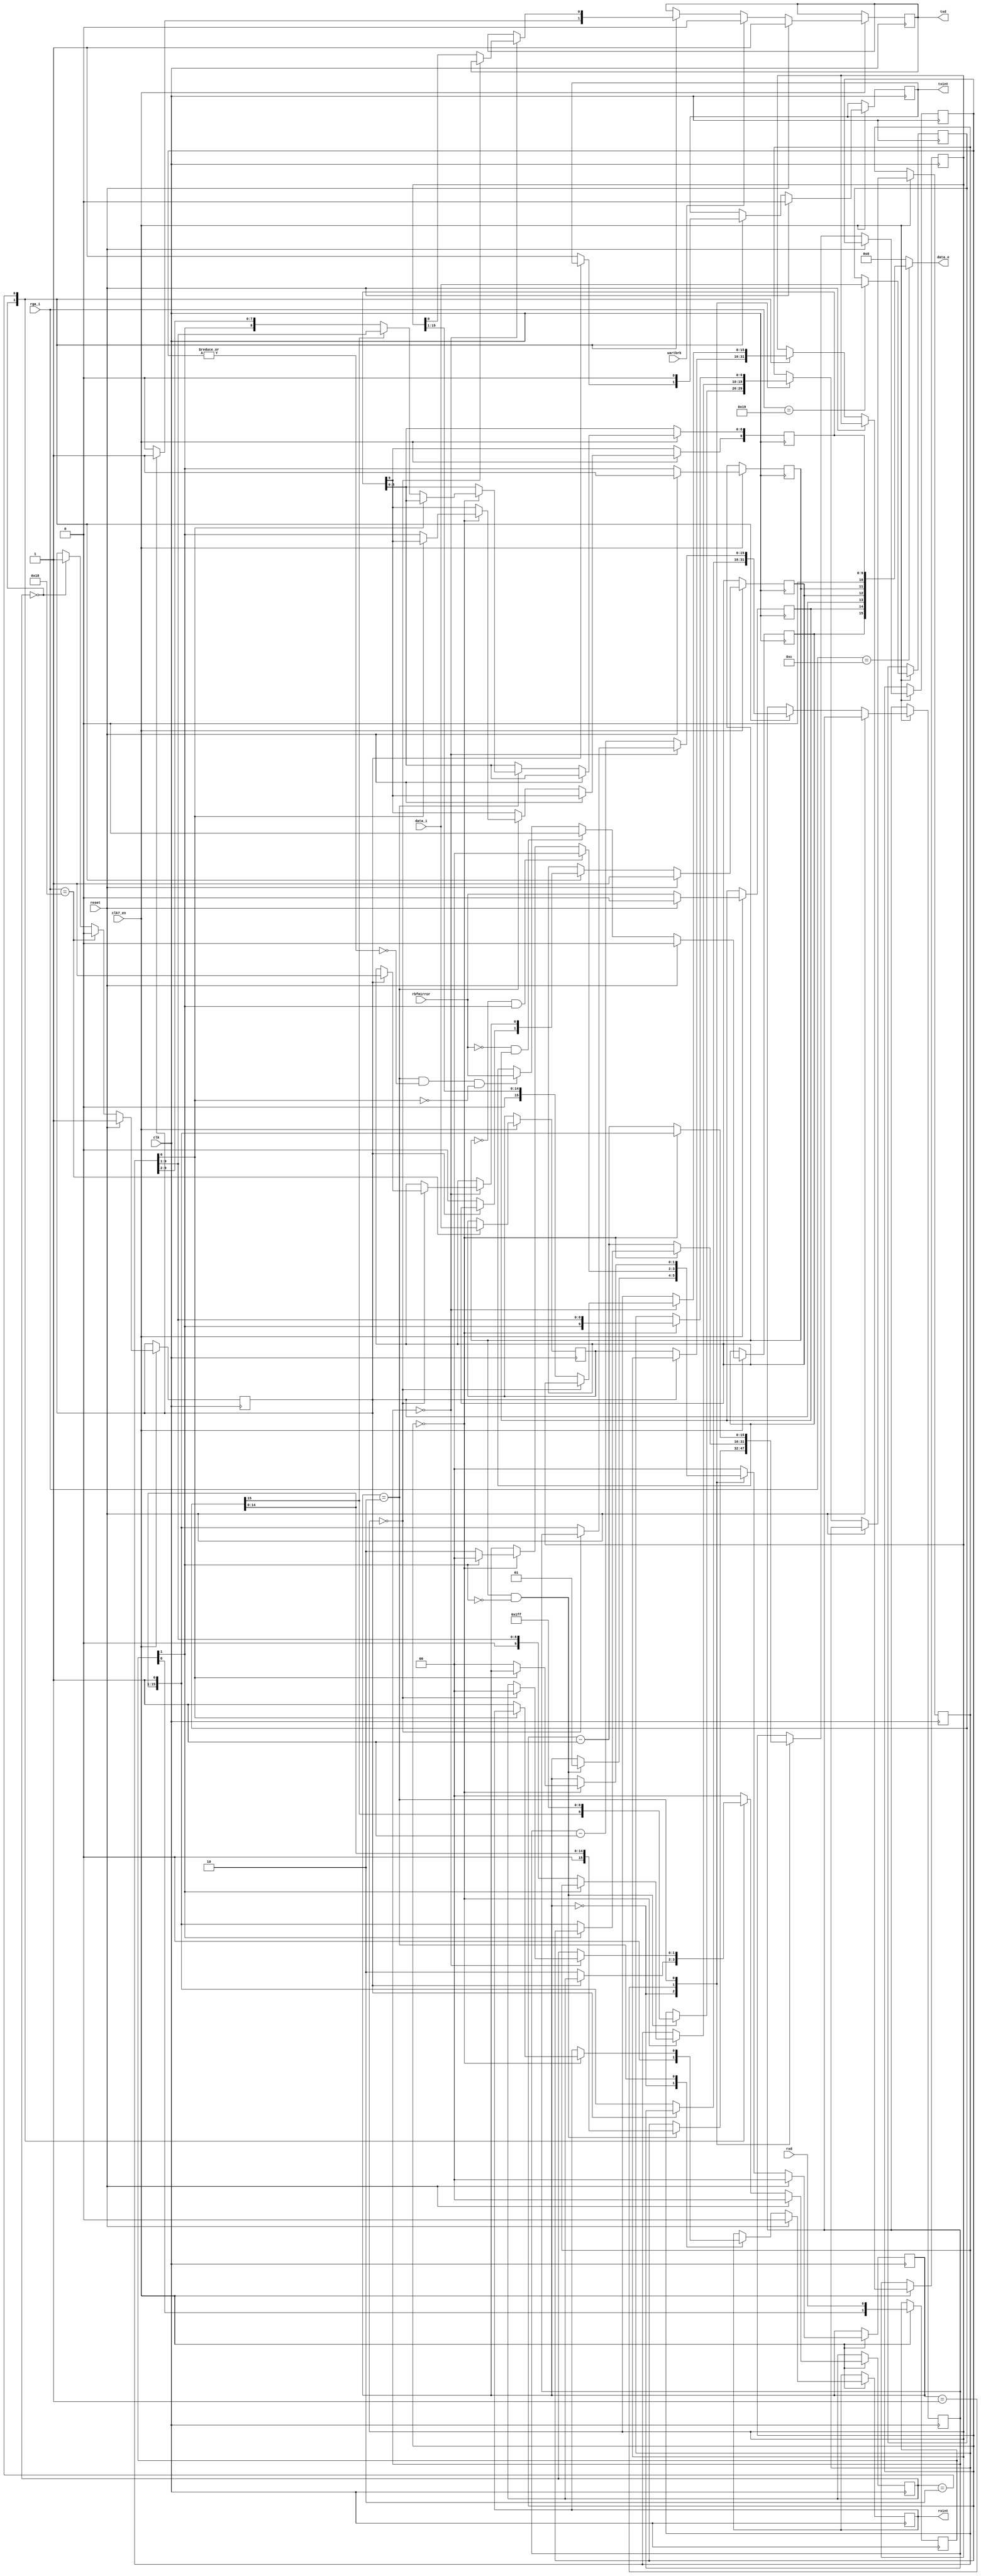
/* uart */


module paula_uart (
  input  wire           clk,
  input  wire           clk7_en,
  input  wire           reset,
  input  wire [  8-1:0] rga_i,
  input  wire [ 16-1:0] data_i,
  output wire [ 16-1:0] data_o,
  input  wire           uartbrk,
  input  wire           rbfmirror,
  output wire           txint,
  output wire           rxint,
  output wire           txd,
  input  wire           rxd
);


//// registers ////
localparam REG_SERDAT  = 9'h030;
localparam REG_SERDATR = 9'h018;
localparam REG_SERPER  = 9'h032;


//// bits ////
localparam LONG_BIT  = 15;
localparam OVRUN_BIT = 15-11;
localparam RBF_BIT   = 14-11;
localparam TBE_BIT   = 13-11;
localparam TSRE_BIT  = 12-11;
localparam RXD_BIT   = 11-11;


//// RX input sync ////
reg  [  2-1:0] rxd_sync = 2'b11;
wire           rxds;
always @ (posedge clk) begin
  if (clk7_en) begin
    rxd_sync <= #1 {rxd_sync[0],rxd};
  end
end
assign rxds = rxd_sync[1];


//// write registers ////

// SERPER
reg  [ 16-1:0] serper = 16'h0000;
always @ (posedge clk) begin
  if (clk7_en) begin
    if (rga_i == REG_SERPER[8:1])
      serper <= #1 data_i;
  end
end

// SERDAT
reg  [ 16-1:0] serdat = 16'h0000;
always @ (posedge clk) begin
  if (clk7_en) begin
    if (rga_i == REG_SERDAT[8:1])
      serdat <= #1 data_i;
  end
end


//// TX ////
localparam [  2-1:0] TX_IDLE=2'd0, TX_SHIFT=2'd2;
reg  [  2-1:0] tx_state;
reg  [ 16-1:0] tx_cnt;
reg  [ 16-1:0] tx_shift;
reg            tx_txd;
reg            tx_irq;
reg            tx_tbe;
reg            tx_tsre;

always @ (posedge clk) begin
  if (clk7_en) begin
    if (reset) begin
      tx_state  <= #1 TX_IDLE;
      tx_txd    <= #1 1'b1;
      tx_irq    <= #1 1'b0;
      tx_tbe    <= #1 1'b1;
      tx_tsre   <= #1 1'b1;
    end else begin
      case (tx_state)
        TX_IDLE : begin
          // txd pin inactive in idle state
          tx_txd <= #1 1'b1;
          // check if new data loaded to serdat register
          if (!tx_tbe) begin
            // set interrupt request
            tx_irq <= #1 1'b1;
            // data buffer empty again
            //tx_tbe <= #1 1'b1;
            // generate start bit
            tx_txd <= #1 1'b0;
            // pass data to a shift register
            tx_tsre <= #1 1'b0;
            tx_shift <= #1 serdat;
            // reload period register
            tx_cnt <= #1 {serper[14:0], 1'b1};
            // start bitstream generation
            tx_state <= #1 TX_SHIFT;
          end
        end
        TX_SHIFT: begin
          // clear interrupt request, active by 1 cycle of clk
          tx_irq <= #1 1'b0;
          // count bit period
          if (tx_cnt == 16'd0) begin
            // check if any bit left to send out
            if (tx_shift == 16'd0) begin
              // set TSRE flag when serdat register is empty
              if (tx_tbe) tx_tsre <= #1 1'b1;
              // data sent, go to idle state
              tx_state <= #1 TX_IDLE;
            end else begin
              // reload period counter
              tx_cnt <= #1 {serper[14:0], 1'b1};
              // update shift register and txd pin
              tx_shift <= #1 {1'b0, tx_shift[15:1]};
              tx_txd <= #1 tx_shift[0];
            end
          end else begin
            // decrement period counter
            tx_cnt <= #1 tx_cnt - 16'd1;
          end
        end
        default: begin
          // force idle state
          tx_state <= #1 TX_IDLE;
        end
      endcase
      // force break char when requested
      if (uartbrk) tx_txd <= #1 1'b0;
      // handle tbe bit
      //if (rga_i == REG_SERDAT[8:1]) tx_tbe <= #1 1'b0;
      tx_tbe <= #1 (rga_i == REG_SERDAT[8:1]) ? 1'b0 : ((tx_state == TX_IDLE) ? 1'b1 : tx_tbe);
    end
  end
end


//// RX ////
localparam [  2-1:0] RX_IDLE=2'd0, RX_START=2'd1, RX_SHIFT=2'd2;
reg  [  2-1:0] rx_state;
reg  [ 16-1:0] rx_cnt;
reg  [ 10-1:0] rx_shift;
reg  [ 10-1:0] rx_data;
reg            rx_rbf;
reg            rx_rxd;
reg            rx_irq;
reg            rx_ovrun;

always @ (posedge clk) begin
  if (clk7_en) begin
    if (reset) begin
      rx_state <= #1 RX_IDLE;
      rx_rbf   <= #1 1'b0;
      rx_rxd   <= #1 1'b1;
      rx_irq   <= #1 1'b0;
      rx_ovrun <= #1 1'b0;
    end else begin
      case (rx_state)
        RX_IDLE : begin
          // clear interrupt request
          rx_irq <= #1 1'b0;
          // wait for start condition
          if (rx_rxd && !rxds) begin
            // setup received data format
            rx_shift <= #1 {serper[LONG_BIT], {9{1'b1}}};
            rx_cnt <= #1 {1'b0, serper[14:0]};
            // wait for a sampling point of a start bit
            rx_state <= #1 RX_START;
          end
        end
        RX_START : begin
          // wait for a sampling point
          if (rx_cnt == 16'h0) begin
            // sample rxd signal
            if (!rxds) begin
              // start bit valid, start data shifting
              rx_shift <= #1 {rxds, rx_shift[9:1]};
              // restart period counter
              rx_cnt <= #1 {serper[14:0], 1'b1};
              // start data bits sampling
              rx_state <= #1 RX_SHIFT;
            end else begin
              // start bit invalid, return into idle state
              rx_state <= #1 RX_IDLE;
            end
          end else begin
            rx_cnt <= #1 rx_cnt - 16'd1;
          end
          // check false start condition
          if (!rx_rxd && rxds) begin
            rx_state <= #1 RX_IDLE;
          end
        end
        RX_SHIFT : begin
          // wait for bit period
          if (rx_cnt == 16'h0) begin
            // store received bit
            rx_shift <= #1 {rxds, rx_shift[9:1]};
            // restart period counter
            rx_cnt <= #1 {serper[14:0], 1'b1};
            // check for all bits received
            if (rx_shift[0] == 1'b0) begin
              // set interrupt request flag
              rx_irq <= #1 1'b1;
              // handle OVRUN bit
              //rx_ovrun <= #1 rbfmirror;
              // update receive buffer
              rx_data[9] <= #1 rxds;
              if (serper[LONG_BIT]) begin
                rx_data[8:0] <= #1 rx_shift[9:1];
              end else begin
                rx_data[8:0] <= #1 {rxds, rx_shift[9:2]};
              end
              // go to idle state
              rx_state <= #1 RX_IDLE;
            end
          end else begin
            rx_cnt <= #1 rx_cnt - 16'd1;
          end
        end
        default : begin
          // force idle state
          rx_state <= #1 RX_IDLE;
        end
      endcase
      // register rxds
      rx_rxd <= #1 rxds;
      // handle ovrun bit
      rx_rbf <= #1 rbfmirror;
      //if (!rbfmirror &&  rx_rbf) rx_ovrun <= #1 1'b0;
      rx_ovrun <= #1 (!rbfmirror &&  rx_rbf) ? 1'b0 : (((rx_state == RX_SHIFT) && ~|rx_cnt && !rx_shift[0]) ? rbfmirror : rx_ovrun);
    end
  end
end


//// outputs ////

// SERDATR
wire [  5-1:0] serdatr;
assign serdatr  = {rx_ovrun, rx_rbf, tx_tbe, tx_tsre, rx_rxd};

// interrupts
assign txint = tx_irq;
assign rxint = rx_irq;

// uart output
assign txd   = tx_txd;

// reg bus output
assign data_o = (rga_i == REG_SERDATR[8:1]) ? {serdatr, 1'b0, rx_data} : 16'h0000;


endmodule